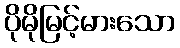
ပိုမိုမြင့်မားသော